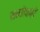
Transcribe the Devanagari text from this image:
सम्बोधनों